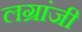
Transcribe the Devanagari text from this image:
लग्रांजी